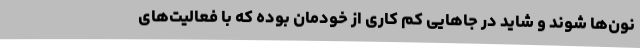
نون‌ها شوند و شاید در جاهایی کم کاری از خودمان بوده که با فعالیت‌های